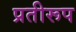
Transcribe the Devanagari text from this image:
प्रतीरूप